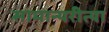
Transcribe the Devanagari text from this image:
सामान्यरीत्या